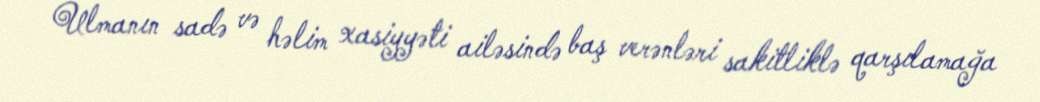
Ulmanın sadə və həlim xasiyyəti ailəsində baş verənləri sakitliklə qarşılamağa